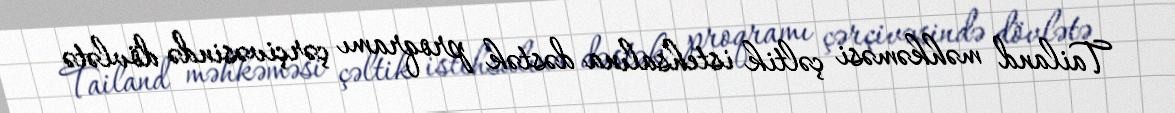
Tailand məhkəməsi çəltik istehsalına dəstək proqramı çərçivəsində dövlətə